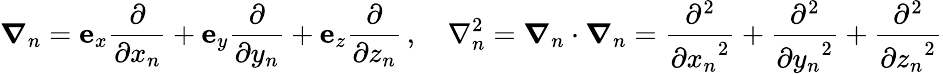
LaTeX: {\boldsymbol{\nabla}}_{n}=\mathbf{e}_{x}{\frac{\partial}{\partial x_{n}}}+\mathbf{e}_{y}{\frac{\partial}{\partial y_{n}}}+\mathbf{e}_{z}{\frac{\partial}{\partial z_{n}}}\, ,\quad\nabla_{n}^{2}={\boldsymbol{\nabla}}_{n}\cdot{\boldsymbol{\nabla}}_{n}={\frac{\partial^{2}}{{\partial x_{n}}^{2}}}+{\frac{\partial^{2}}{{\partial y_{n}}^{2}}}+{\frac{\partial^{2}}{{\partial z_{n}}^{2}}}